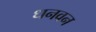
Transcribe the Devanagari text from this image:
धनवन